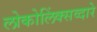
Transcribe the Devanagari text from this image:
लोकोलिंक्सव्दारे